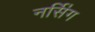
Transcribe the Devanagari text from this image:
नर्सि॑ग